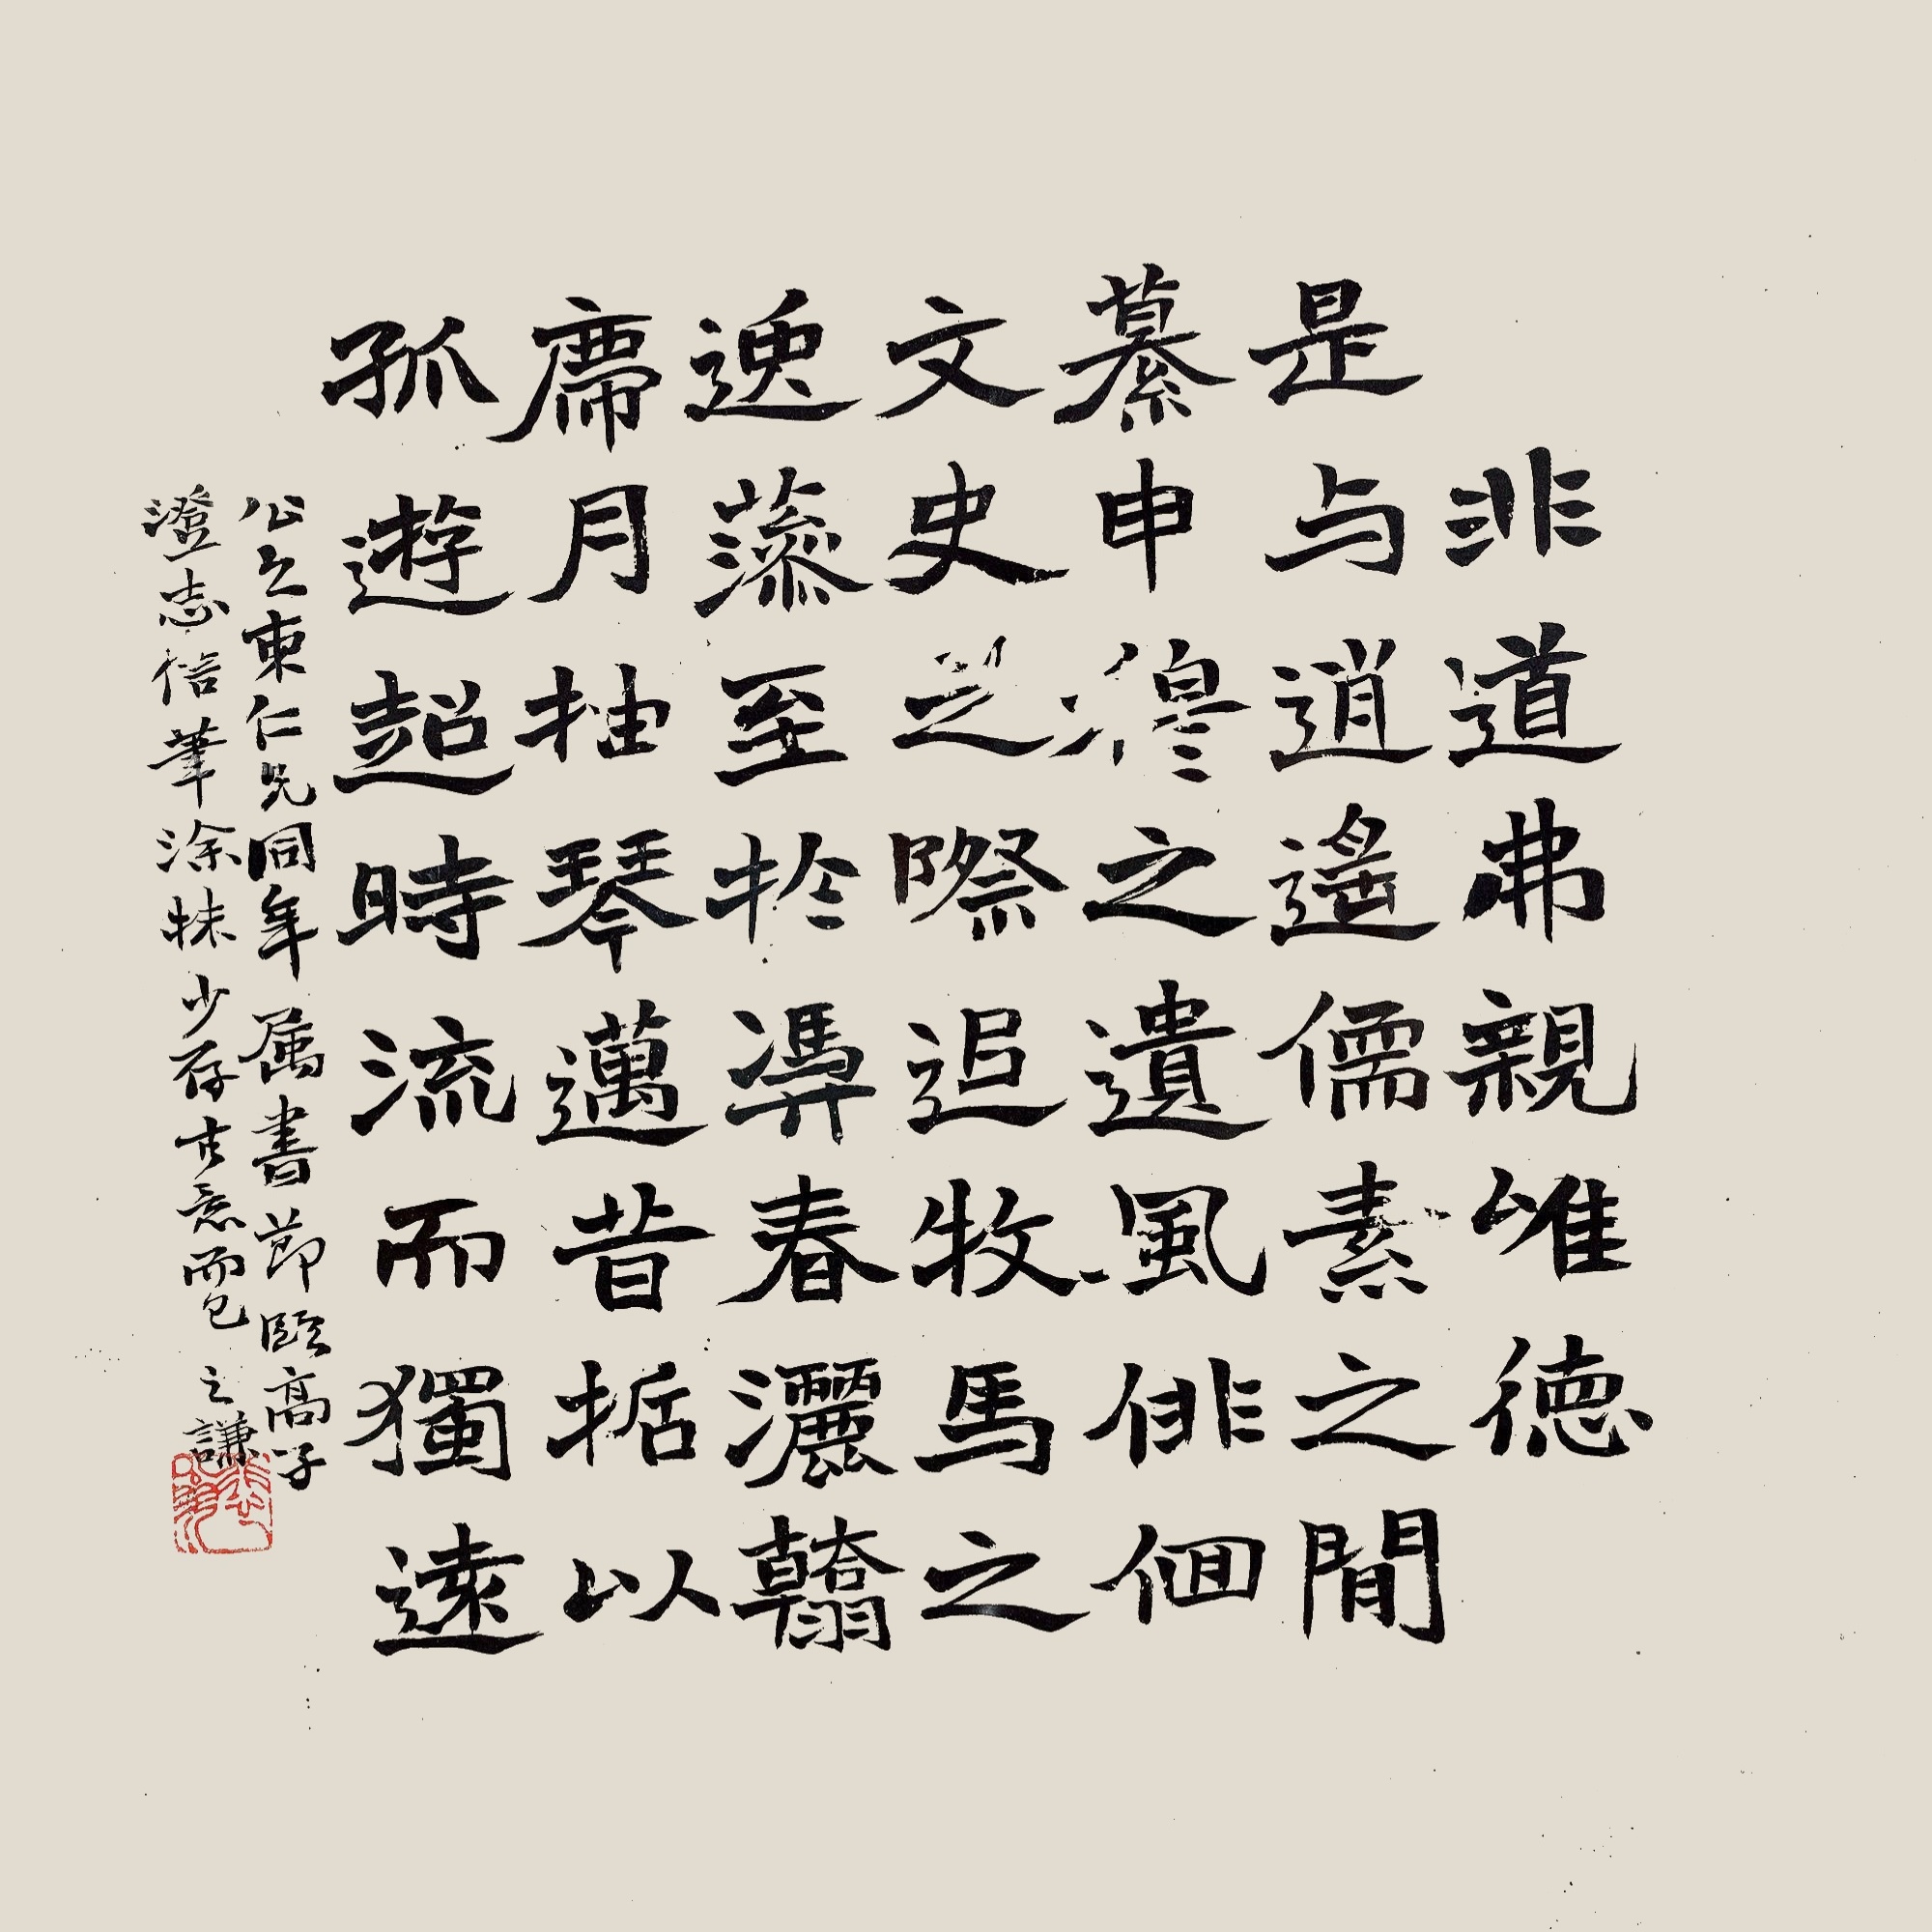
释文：非道弗亲，唯德是与。逍遥儒素之间，纂申穆之遗风。徘徊文史之际，追牧马之逸藻。至于凭春洒翰，席月抽琴，迈昔哲以孤游，超时流而独远。公之束仁兄同年属书，节临高子澄志，信笔涂抹，少存古意而已，之谦。